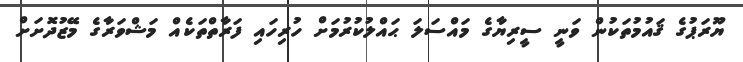
ޔޫރަޕުގެ ޤައުމުތަކުން ވަނީ ސީރިޔާގެ މައްސަލަ ޙައްލުކުރުމަށް ހުރިހައި ފަރާތްތަކެއް މަޝްވަރާގެ މޭޒުދޮށަށް